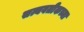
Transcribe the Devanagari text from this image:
सत्यवतीकच्या